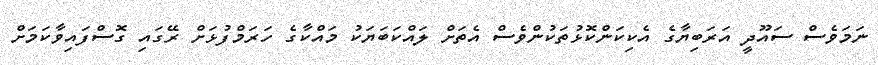
ނަމަވެސް ސައޫދީ އަރަބިޔާގެ އެކިކަންކޮޅުތަކުންވެސް އެތަށް ލައްކަބަޔަކު މައްކާގެ ހަރަމްފުޅަށް ރޭގައި ގޮސްފައިވާކަމަށް